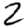
Digit: 2